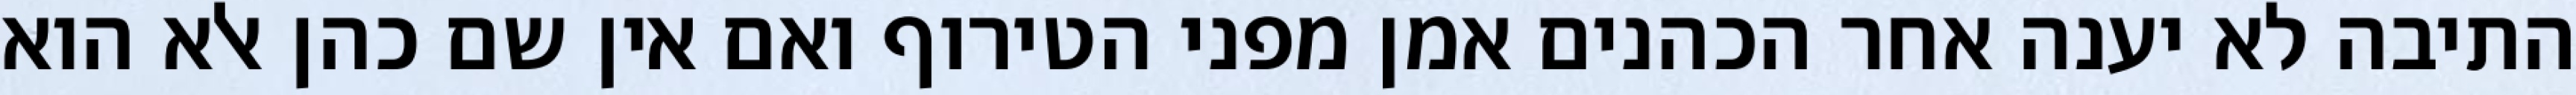
התיבה לא יענה אחר הכהנים אמן מפני הטירוף ואם אין שם כהן אלא הוא